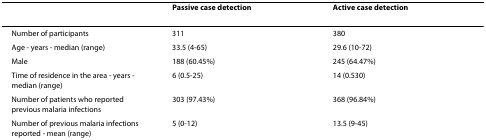
<table><thead><tr><td></td><td><b>Passive case detection</b></td><td><b>Active case detection</b></td></tr></thead><tbody><tr><td>Number of participants</td><td>311</td><td>380</td></tr><tr><td>Age - years - median (range)</td><td>33.5 (4-65)</td><td>29.6 (10-72)</td></tr><tr><td>Male</td><td>188 (60.45%)</td><td>245 (64.47%)</td></tr><tr><td>Time of residence in the area - years - median (range)</td><td>6 (0.5-25)</td><td>14 (0.530)</td></tr><tr><td>Number of patients who reported previous malaria infections</td><td>303 (97.43%)</td><td>368 (96.84%)</td></tr><tr><td>Number of previous malaria infections reported - mean (range)</td><td>5 (0-12)</td><td>13.5 (9-45)</td></tr></tbody></table>